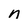
Character: n